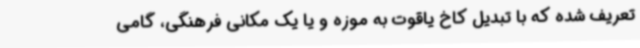
تعریف شده که با تبدیل کاخ یاقوت به موزه و یا یک مکانی فرهنگی، گامی